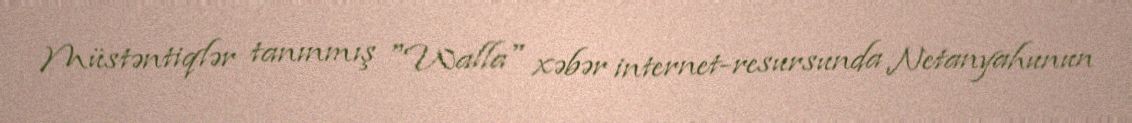
Müstəntiqlər tanınmış "Walla" xəbər internet-resursunda Netanyahunun